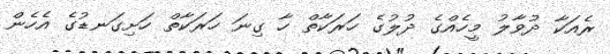
ރެއަކާ ދުވާލު މީހެއްގެ ދުލުގެ ހަރަކާތް ހާ ގިނަ ހަރަކާތް ހަށިގަނޑުގެ އެހެން